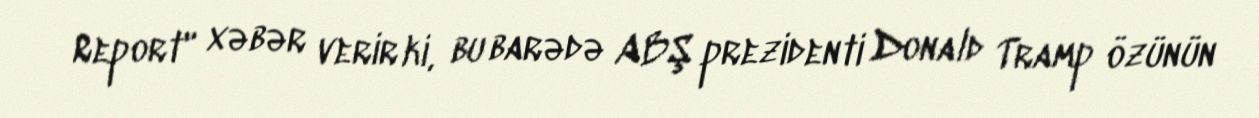
Report" xəbər verir ki, bu barədə ABŞ prezidenti Donald Tramp özünün